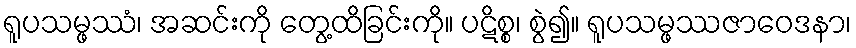
ရူပသမ္ဖဿံ၊ အဆင်းကို တွေ့ထိခြင်းကို။ ပဋိစ္စ၊ စွဲ၍။ ရူပသမ္ဖဿဇာဝေဒနာ၊